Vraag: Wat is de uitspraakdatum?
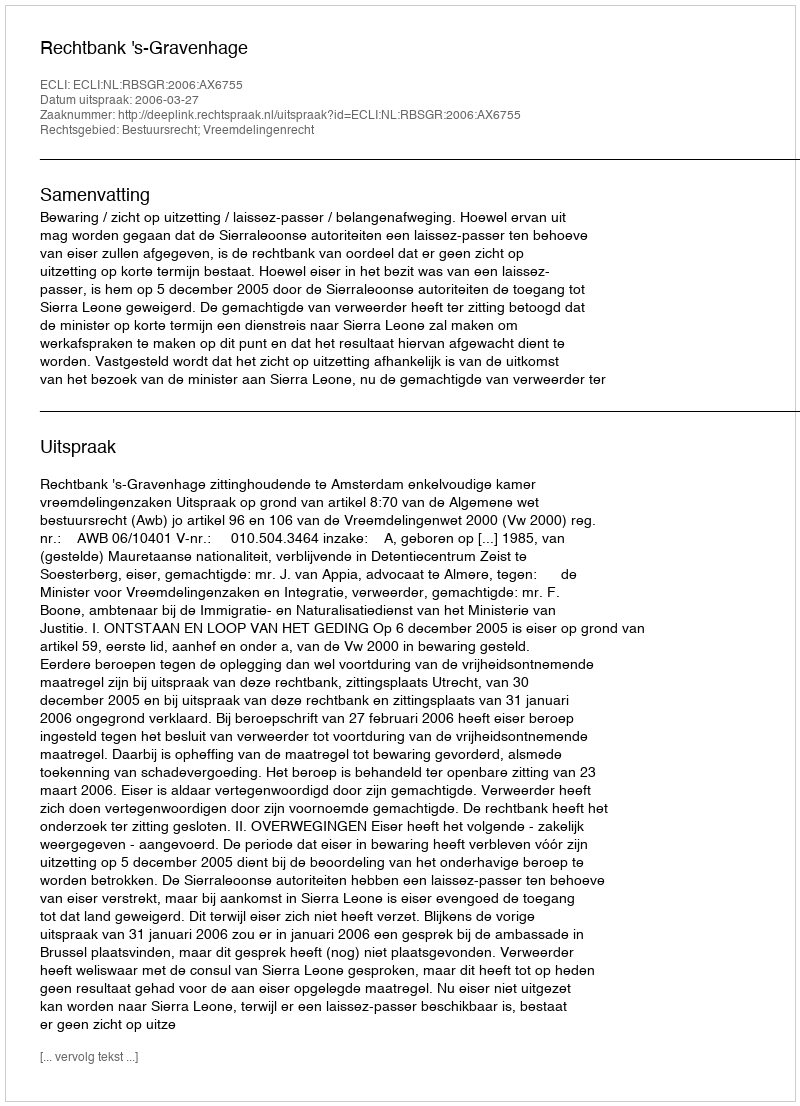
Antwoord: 2006-03-27